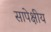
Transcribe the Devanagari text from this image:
सापेक्षीय